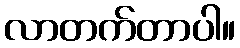
လာတက်တာပါ။